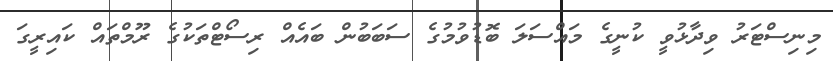
މިނިސްޓަރު ވިދާޅުވީ ކުނީގެ މައްސަލަ ބޮޑުވުމުގެ ސަބަބުން ބައެއް ރިސޯޓްތަކުގެ ރޫމްތައް ކައިރީގަ